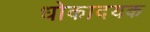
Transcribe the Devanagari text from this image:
धोकादयक